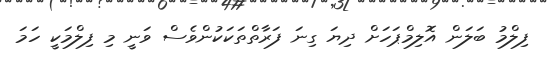
ފިލްމު ބަލަން އޮލިމްޕަހަށް ދިޔަ ގިނަ ފަރާތްތަކަކުންވެސް ވަނީ މި ފިލްމަކީ ހަމަ